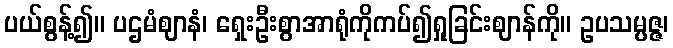
ပယ်စွန့်၍။ ပဌမံဈာနံ၊ ရှေးဦးစွာအာရုံကိုကပ်၍ရှုခြင်းဈာန်ကို။ ဥပသမ္ပဇ္ဇ၊